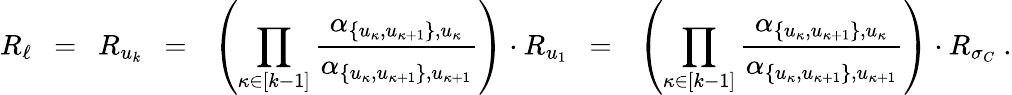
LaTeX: R_{\ell}~~=~~R_{u_{k}}~~=~~\left(\prod_{\kappa\in[k-1]}\frac{\alpha_{\{ u_{\kappa},u_{\kappa+1}\} ,u_{\kappa}}}{\alpha_{\{ u_{\kappa},u_{\kappa+1}\} ,u_{\kappa+1}}}\right)\cdot R_{u_{1}}~~=~~\left(\prod_{\kappa\in[k-1]}\frac{\alpha_{\{ u_{\kappa},u_{\kappa+1}\} ,u_{\kappa}}}{\alpha_{\{ u_{\kappa},u_{\kappa+1}\} ,u_{\kappa+1}}}\right)\cdot R_{\sigma_{C}}\ .